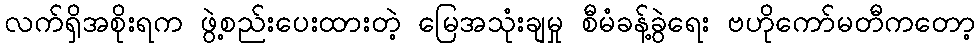
လက်ရှိအစိုးရက ဖွဲ့စည်းပေးထားတဲ့ မြေအသုံးချမှု စီမံခန့်ခွဲရေး ဗဟိုကော်မတီကတော့